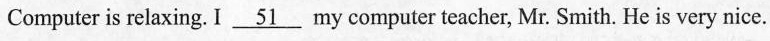
Computer is relaxing. I \underline{51} my computer teacher, Mr. Smith. He is very nice.